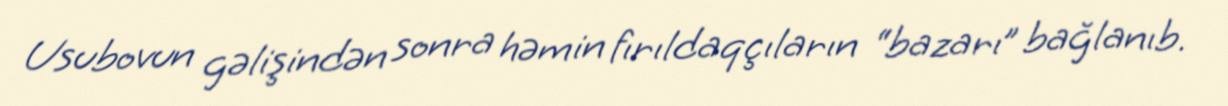
Usubovun gəlişindən sonra həmin fırıldaqçıların “bazarı” bağlanıb.